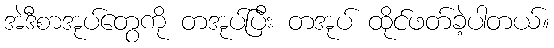
အဲဒီစာအုပ်တွေကို တအုပ်ပြီး တအုပ် ထိုင်ဖတ်ခဲ့ပါတယ်။